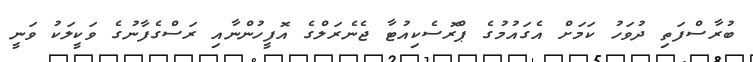
ބުރާސްފަތި ދުވަހު ކަމަށް އެގައުމުގެ ޕްރޮސެކިއުޓާ ޖެނެރަލްގެ އޮފީހުންނާއި ރަސްގެފާނުގެ ވަކީލަކު ވަނީ